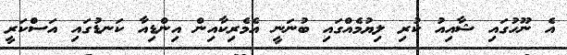
އެ ނޫހުގައި ޝާއިއު ކުރި ލިޔުމެއްގައި ބުނަނީ އެމެރިކާއިން އިންޑިއާ ކަނޑުގައި އަސްކަރީ